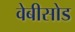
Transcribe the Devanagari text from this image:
वेबीसोड